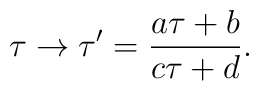
\tau \to \tau' = \frac {a \tau + b} {c \tau + d}.